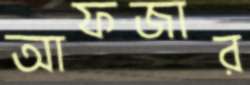
আফজার